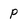
Character: P